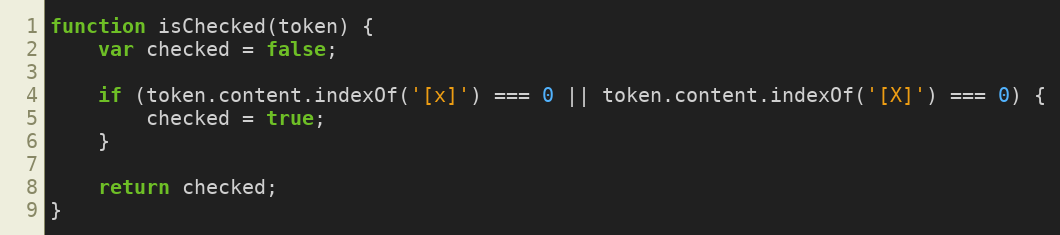
Language: JavaScript
function isChecked(token) {
    var checked = false;

    if (token.content.indexOf('[x]') === 0 || token.content.indexOf('[X]') === 0) {
        checked = true;
    }

    return checked;
}